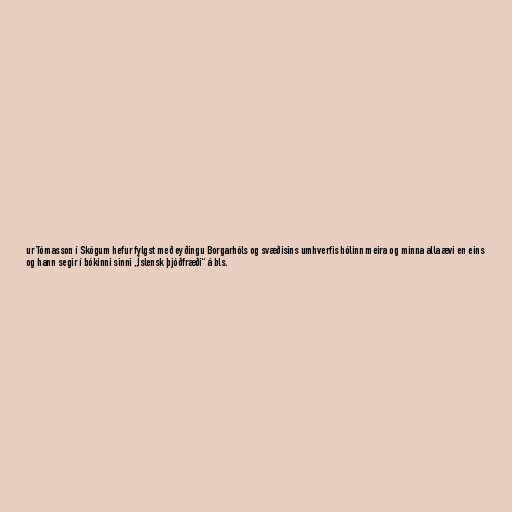
ur Tómasson í Skógum hefur fylgst með eyðingu Borgarhóls og svæðisins umhverfis hólinn meira og minna alla ævi en eins
og hann segir í bókinni sinni „Íslensk þjóðfræði“ á bls.